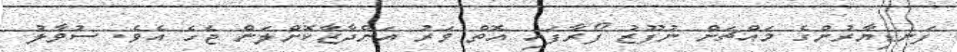
ފަނޑިޔާރުންގެ މައްޗަށް ނުފޫޒު ފޯރާފައި އޮތް ވަރު އަންދާޒާކޮށްލަން ޖެހެ އެވެ. ސުވާލު